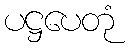
ပဋ္ဌပေတုံ